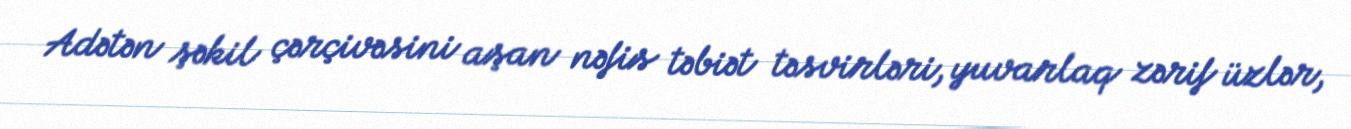
Adətən şəkil çərçivəsini aşan nəfis təbiət təsvirləri, yuvarlaq zərif üzlər,